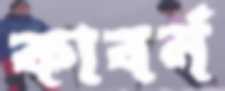
কাবর্ন